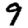
Digit: 9